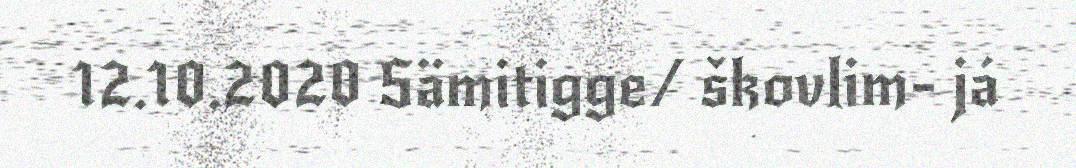
12.10.2020 Sämitigge/ škovlim- já